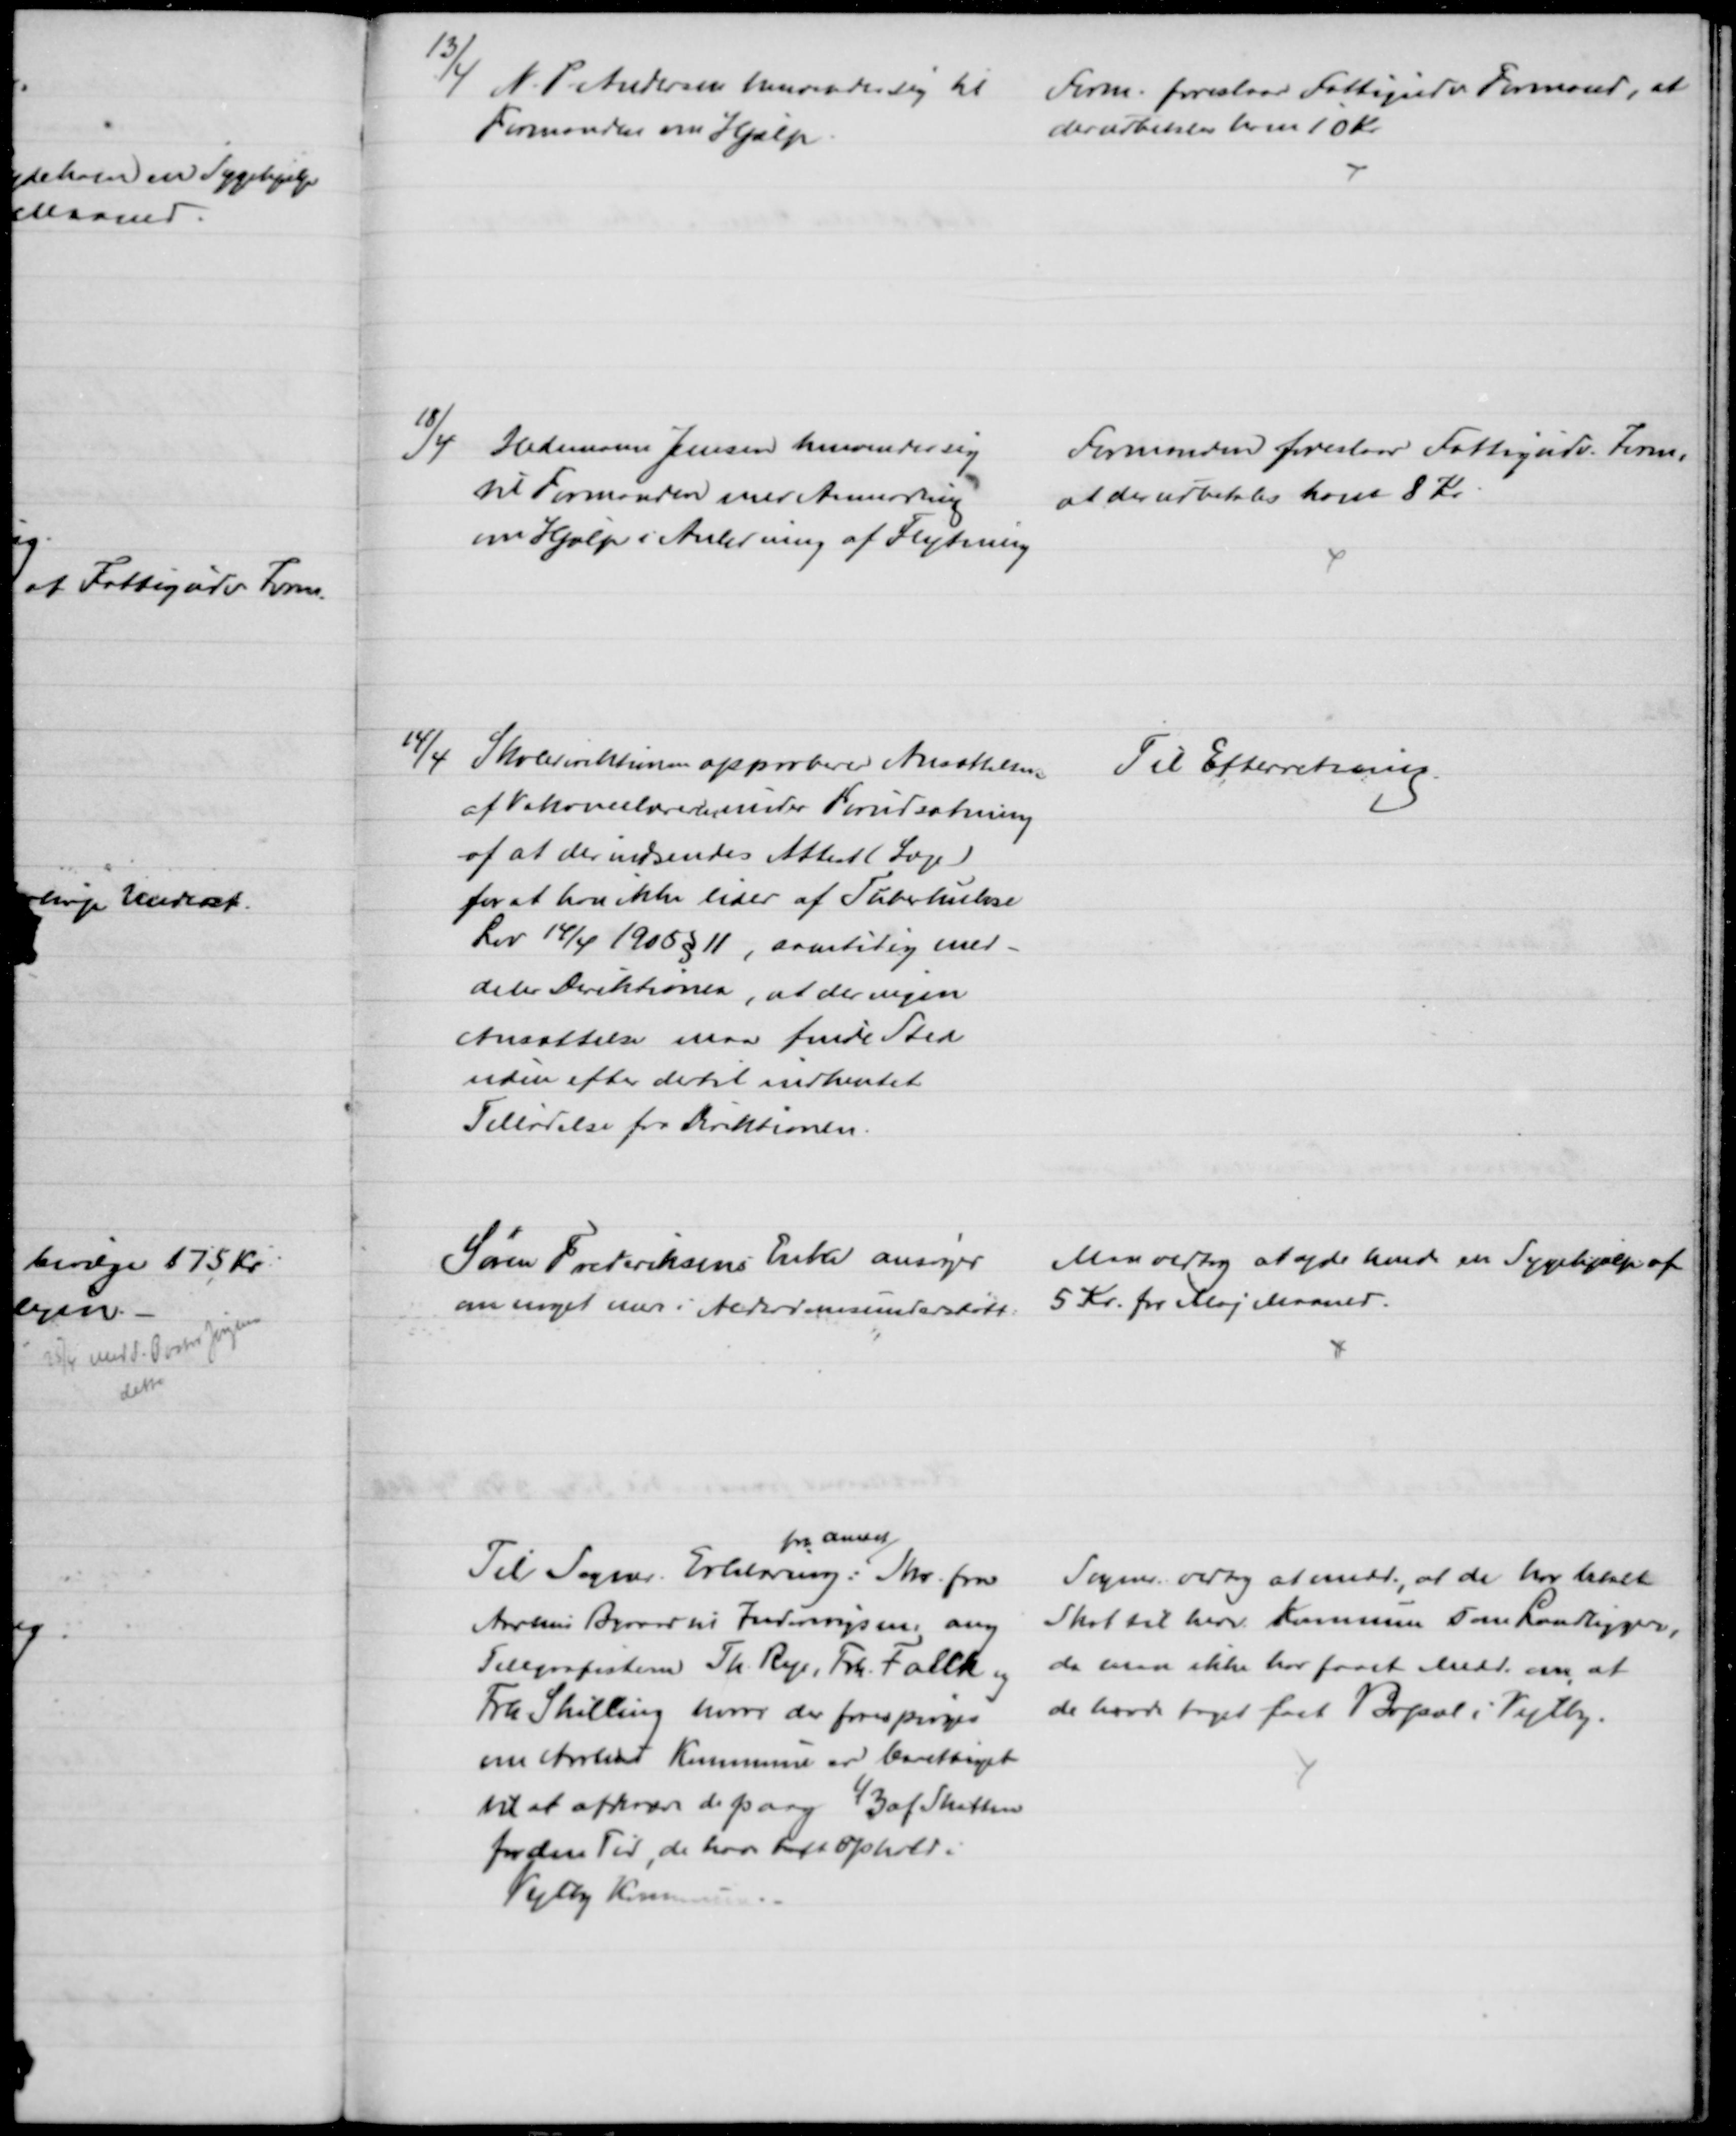
Transskription:
13/4 N. P. Andersen henvender sig til 
Formanden om Hjælp
Form. foreslaar Fattigudv Formand, at
der udbetales ham 10 Kr
18/4 Hedemann Jensen henvender sig
til Formanden med Anmodning
om Hjælp i Anledning af Flytning
Formanden foreslaar Fattigudv. Form.
at der udbetales ham 8 Kr
14/4
Skoledirektionen approberer Ansættelsen
af Vakancelæreren under Forudsætning
af at der indsendes Attest (Læge)
for at han ikke lider af Tuberkulose
Lov 14/4 1905 § 11, samtidig med-
deler Direktionen, at der igen
Ansættelse maa finde Sted
uden efter dertil indhentet
Tilladelse fra Direktionen.
Til Efterretning.
Søren Frederiksens Enke ansøger
om noget mer i Alderdomsunderstøtt:
Man vedtog at yde hende en Sygehjælp af
5 Kr. for Maj Maaned.
Til Sogner. Erklæring:
fra Amtet
Skr. fra
Aarhus Byraad til Indenrigsm. ang
Telegrafisterne Th. Rye, Frk. Falck og
Frk Shilling hvori der forespørges
om Aarhus Kommune er berettiget
til at afkræve de paag 1/3 af Skatten
for den Tid, de har haft ophold i
Vejlby Kommune.
Sogner. vedtog at medd., at de har betalt
Skat til herv. Kommune som Landliggere,
da man ikke har faaet Medd. om at
de havde taget fast Bopæl i Vejlby.